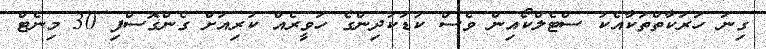
ގިނަ ހަރަކާތްތަކާއެކު ސްޓެލްކޯއިން ވެސް ކުޑަކުދިންގެ ހަވީރެއް ކުރިއަށް ގެންގޮސްފި 30 މިނެޓް